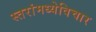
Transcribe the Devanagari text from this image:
स्तरांमध्येविचार